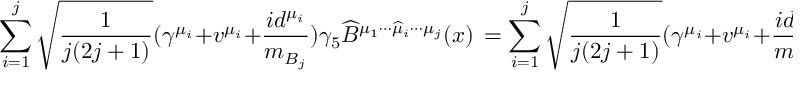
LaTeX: \mathop { \sum } _ { i = 1 } ^ { j } \sqrt { \frac { 1 } { j ( 2 j + 1 ) } } ( \gamma ^ { \mu _ { i } } + v ^ { \mu _ { i } } + \frac { i d ^ { \mu _ { i } } } { m _ { B _ { j } } } ) \gamma _ { 5 } { \widehat B } ^ { \mu _ { 1 } \cdots \widehat { \mu } _ { i } \cdots \mu _ { j } } ( x ) \, = \mathop { \sum } _ { i = 1 } ^ { j } \sqrt { \frac { 1 } { j ( 2 j + 1 ) } } ( \gamma ^ { \mu _ { i } } + v ^ { \mu _ { i } } + \frac { i d ^ { \mu _ { i } } } { m _ { B _ { j } } } ) \gamma _ { 5 } e ^ { i m _ { B _ { j } } v \cdot x } B ^ { \mu _ { 1 } \cdots \widehat { \mu } _ { i } \cdots \mu _ { j } } ( x ) ,